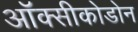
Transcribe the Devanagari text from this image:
ऑक्सीकोडोन